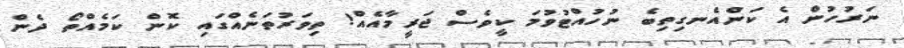
ނަރުހުން އެ ކަންއެނގިތިބެ ނުހުއްޓުވުމަ ކީވެސް ޖަރީމާއެއް! ތިވަރުތަނެއްގައި ކޮން ކަމެއްތޯ ދެން